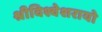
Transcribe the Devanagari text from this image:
श्रीविश्वेशरायो